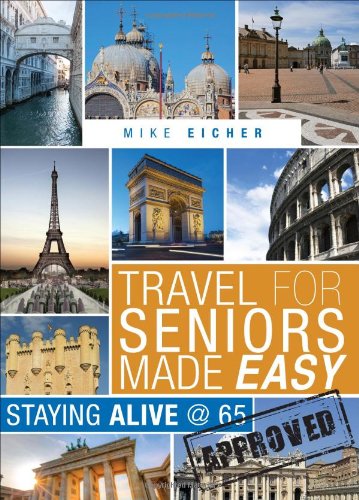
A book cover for Travel for Seniors Made Easy: Staying Alive @ 65; Mike Eicher; Travel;